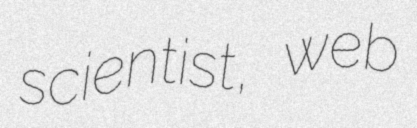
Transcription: scientist, web